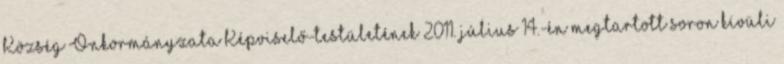
Község Önkormányzata Képviselő-testületének 2011. július 14.-én megtartott soron kívüli